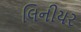
લિનીયર